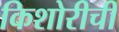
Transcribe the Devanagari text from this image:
किशोरीची